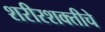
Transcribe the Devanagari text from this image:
शरीरशक्तीचे